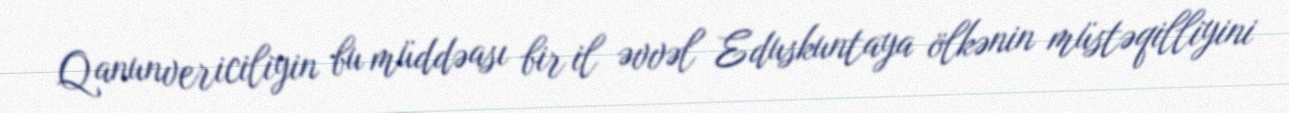
Qanunvericiliyin bu müddəası bir il əvvəl Eduskuntaya ölkənin müstəqilliyini